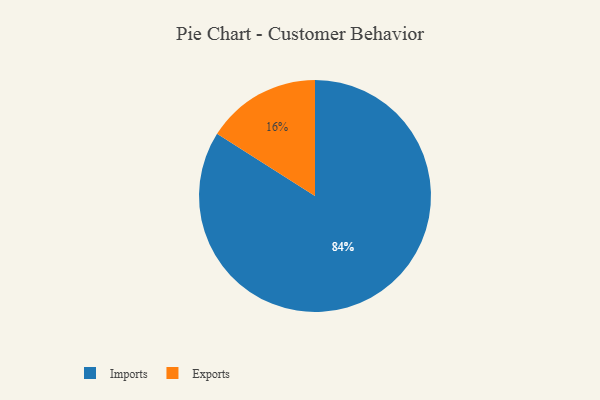
{"axis": {"x": "Category", "y": "Percentage"}, "legend": ["Exports", "Imports"], "data": [{"x": "Imports", "y": 84, "type": "Imports"}, {"x": "Exports", "y": 16, "type": "Exports"}]}